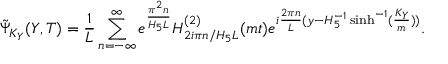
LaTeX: \tilde { \Psi } _ { K _ { Y } } ( Y , T ) = \frac { 1 } { L } \sum _ { n = - \infty } ^ { \infty } e ^ { \frac { \pi ^ { 2 } n } { H _ { 5 } L } } H _ { 2 i \pi n / H _ { 5 } L } ^ { ( 2 ) } ( m t ) e ^ { i { \frac { 2 \pi n } { L } } ( y - H _ { 5 } ^ { - 1 } \sinh ^ { - 1 } ( \frac { K _ { Y } } { m } ) ) } .